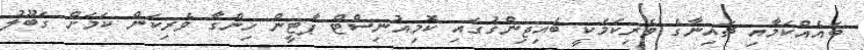
ބައެއްކަމާއި ޗައިނާގެ ވެރިކަމަކީ ބެއިޖިންގުގައި ކޮމިއުނިސްޓް ޕާޓީން ހިންގާ ވެރިކަން ކަމަށް ގަބޫލު